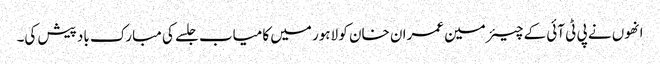
انھوں نے پی ٹی آئی کے چیئرمین عمران خان کو لاہور میں کامیاب جلسے کی مبارک باد پیش کی۔